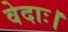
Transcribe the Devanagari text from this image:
वेदाः।